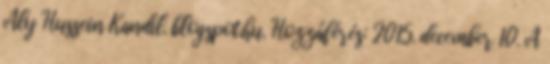
Aly Hussein Kandil. blogspot.hu. Hozzáférés: 2015. december 10. A